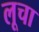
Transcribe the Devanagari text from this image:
लूचा